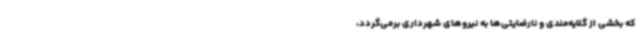
که بخشی از گلایه‌مندی و نارضایتی‌ها به نیروهای شهرداری برمی‌گردد،